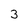
Character: 3